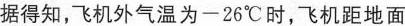
据得知，飞机外气温为 - 26℃ 时，飞机距地面